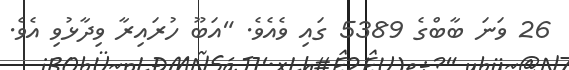
26 ވަނަ ބާބްގެ 5389 ގައި ވެއެވެ. "އަބޫ ހުރައިރާ ވިދާޅުވި އެވެ.